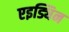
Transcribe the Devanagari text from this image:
एइड्यिन